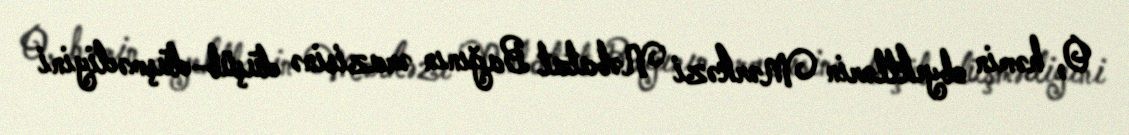
O, həmin obyektlərin Mərkəzi Nəbatat Bağının ərazisinə düşüb-düşmədiyini